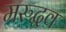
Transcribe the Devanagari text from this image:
मरुद्धव